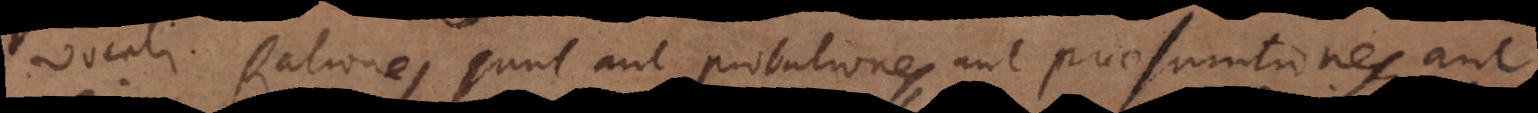
vocali. Rationes sunt aut probationes, aut praesumtiones, aut